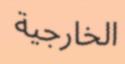
الخارجية